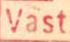
Vast